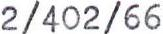
2/402/66